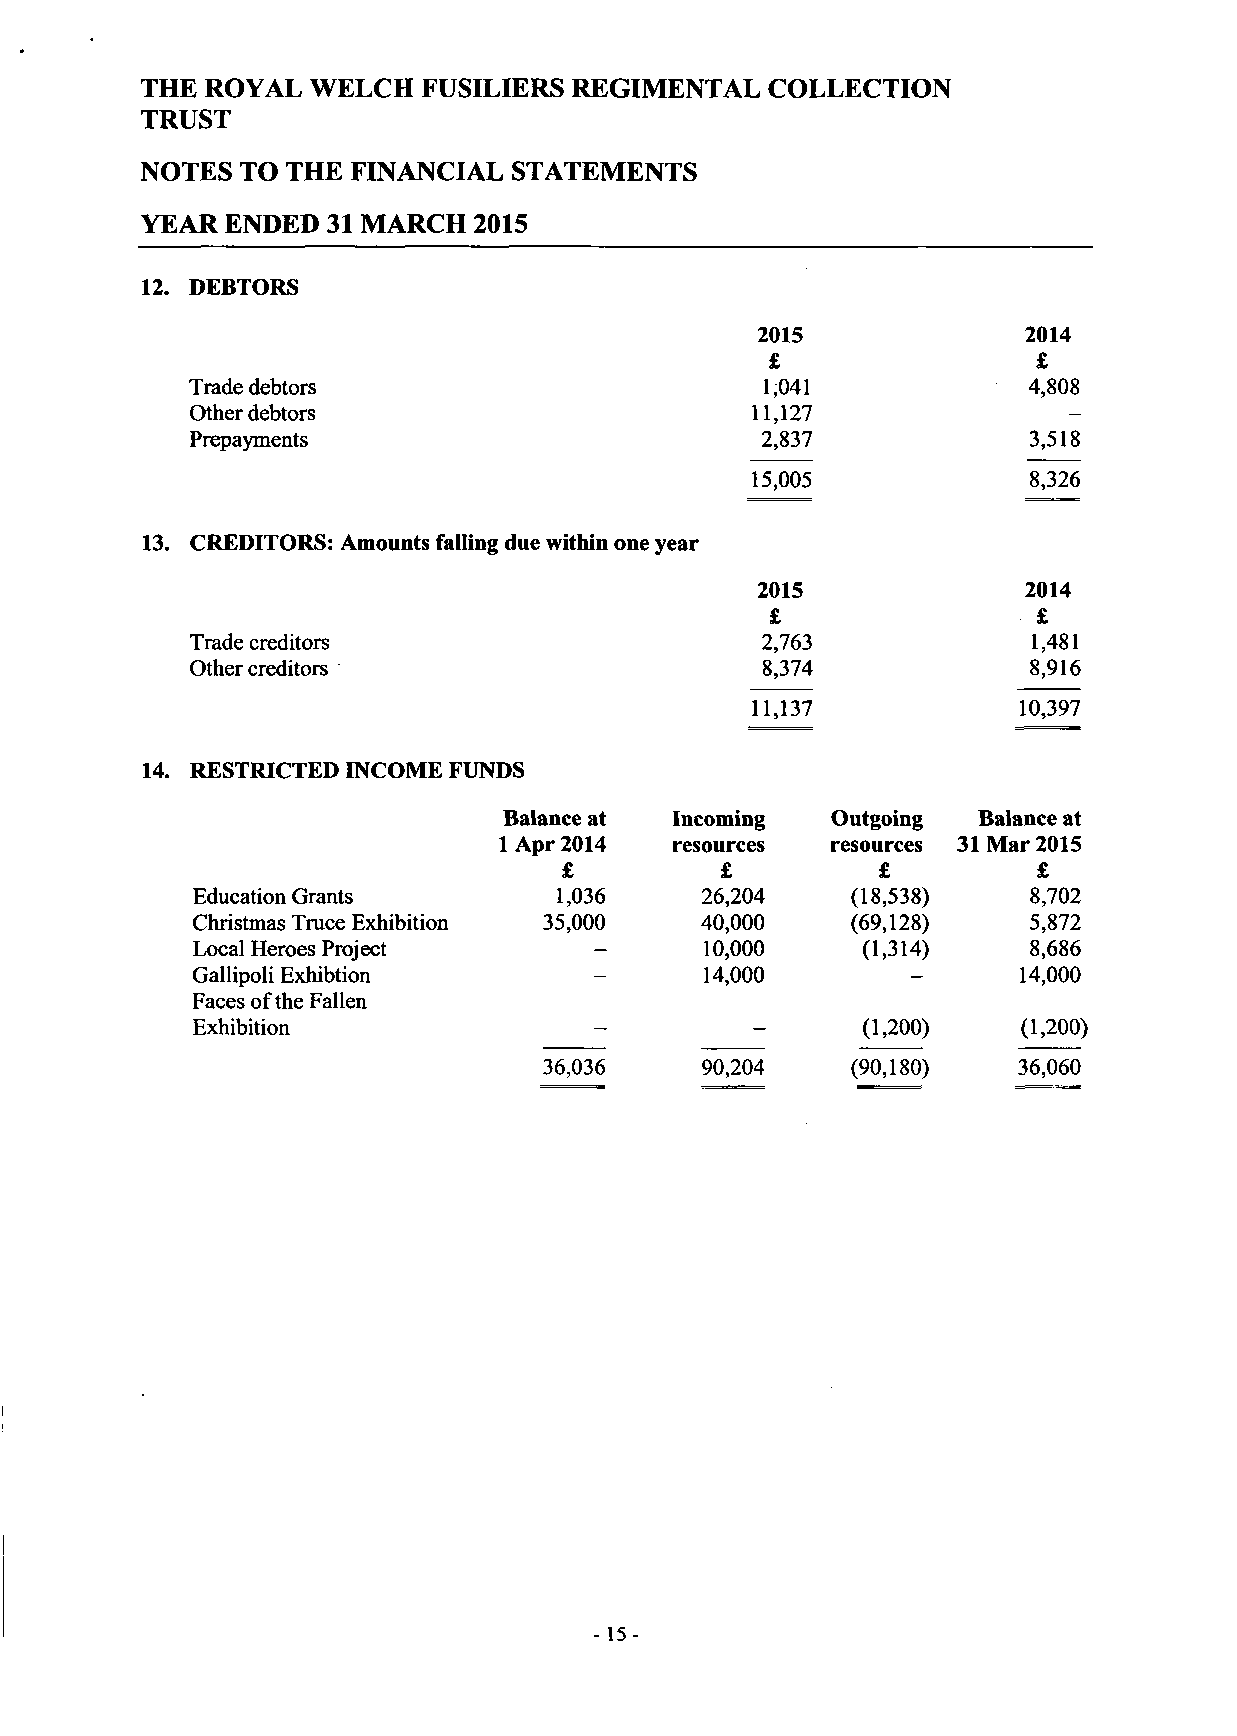
THE ROYAL  WELCH  FUSILIERS REGIMENTAL   COLLECTION
 TRUST
 NOTES  TO THE FINANCIAL  STATEMENTS
 YEAR  ENDED 31 MARCH  2015
 12. DEBTORS
 2015              2014
 £                 £
 Trade debtors                         1,041            4,808
 Other debtors                        11,127
 Prepayments                          2,837             3,518
 15,005            8,326
 13. CREDITORS: Amounts falling due within one year
 2015              2014
 £                 £
 Trade creditors                      2,763             1,481
 Other creditors                      8,374             8,916
 11,137           10,397
 RESTRICTED INCOME FUNDS
 Balance at Incoming   Outgoing  Balance at
 1 Apr 2014 resources  resources 31 Mar 2015
 £          £         £          £
 Education Grants        1,036    26,204    (18,538)    8,702
 Christmas Truce Exhibition 35,000 40,000   (69,128)    5,872
 Local Heroes Project      -       10,000    (1,314)    8,686
 Gallipoli Exhibtion       -       14,000       -      14,000
 Faces of the Fallen
 Exhibition                -                 (1,200)    (1,200)
 36,036    90,204    (90,180)   36,060
 - 15-